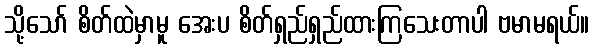
သို့သော် စိတ်ထဲမှာမူ အေးပ စိတ်ရှည်ရှည်ထားကြသေးတာပါ ဗမာမရယ်။